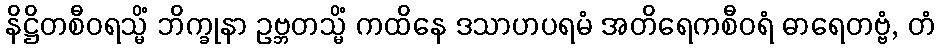
နိဋ္ဌိတစီဝရသ္မိံ ဘိက္ခုနာ ဥဗ္ဘတသ္မိံ ကထိနေ ဒသာဟပရမံ အတိရေကစီဝရံ ဓာရေတဗ္ဗံ, တံ